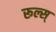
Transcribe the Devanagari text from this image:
रूल्स्